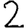
Digit: 2